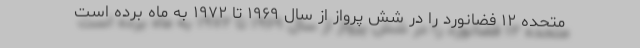
متحده ۱۲ فضانورد را در شش پرواز از سال ۱۹۶۹ تا ۱۹۷۲ به ماه برده است